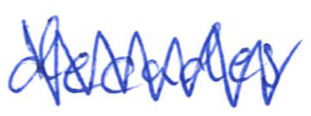
Text: decades
Cross-out: zig-zag
Writing tool: ballpoint